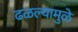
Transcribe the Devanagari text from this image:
ढळल्यामुळे